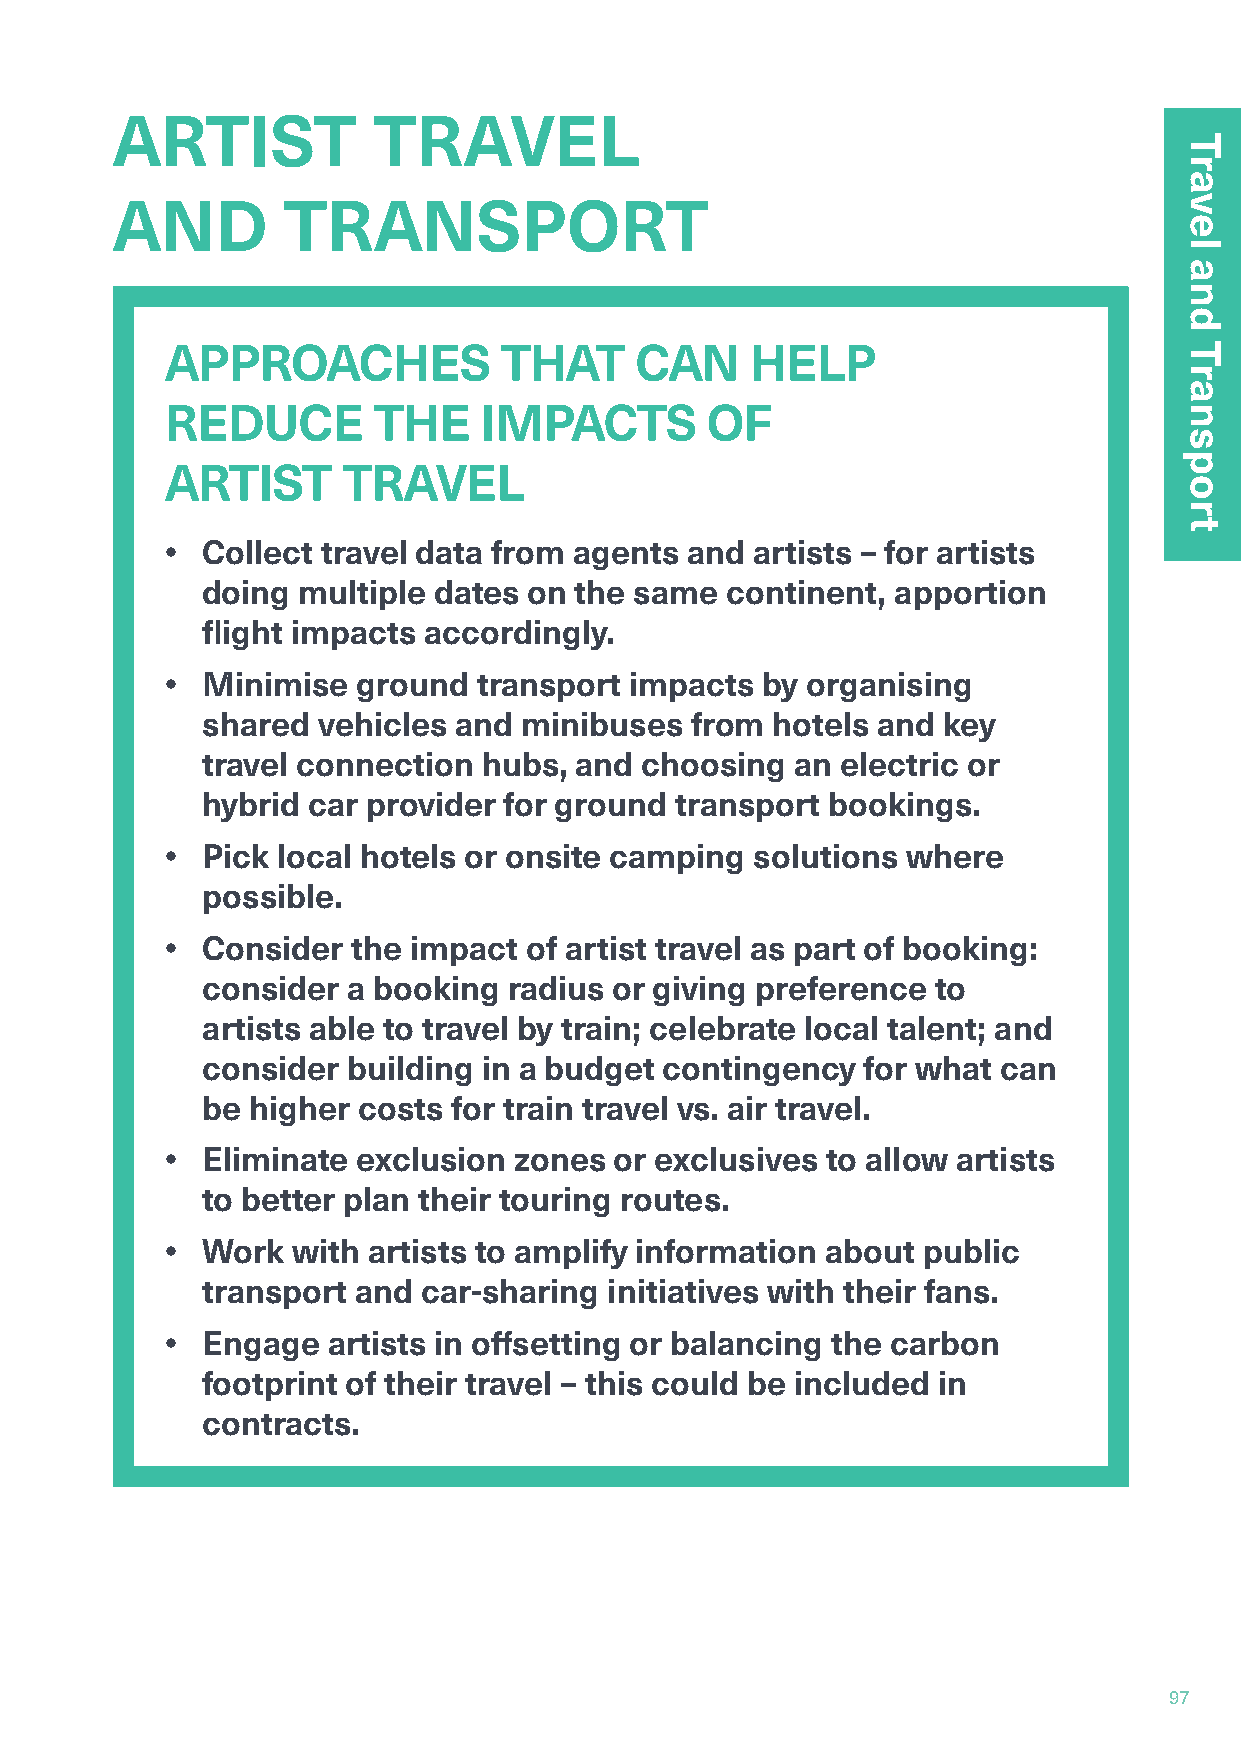
ARTIST            TRAVEL
 AND         TRANSPORT
 APPROACHES            THAT     CAN     HELP
 REDUCE        THE    IMPACTS        OF
 ARTIST      TRAVEL
 • Collect travel data from agents and  artists – for artists
 doing  multiple dates on the same  continent, apportion
 flight impacts accordingly.
 • Minimise   ground  transport impacts by organising
 shared  vehicles and minibuses   from hotels and key
 travel connection  hubs, and choosing   an electric or
 hybrid car provider for ground  transport bookings.
 • Pick local hotels or onsite camping  solutions where
 possible.
 • Consider  the impact  of artist travel as part of booking:
 consider  a booking  radius or giving preference to
 artists able to travel by train; celebrate local talent; and
 consider  building in a budget contingency  for what can
 be higher  costs for train travel vs. air travel.
 • Eliminate  exclusion zones  or exclusives to allow artists
 to better plan their touring routes.
 • Work  with artists to amplify information about public
 transport  and car-sharing initiatives with their fans.
 • Engage   artists in offsetting or balancing the carbon
 footprint of their travel – this could be included in
 contracts.
 97
 Travel
 and
 Transport
 Travel
 and
 Transport